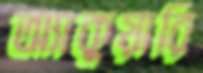
অ্যাকুয়ারি